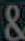
&